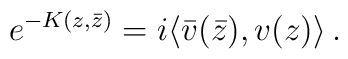
e^{-K(z,\bar z)}=i\langle \bar v(\bar z), v(z) \rangle \,.